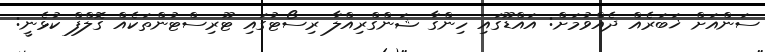
ސަންއަށް ޚަބަރެއް ދެއްވުމަށް: އައްޑޫގައި ހިންގާ ޝަންގްރިއްލާ ރިސޯޓުގައި ޓޫރިސްޓުންތަކެއް ގޮލްފް ކުޅެނީ: